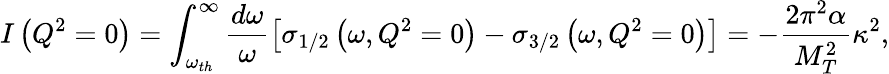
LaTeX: I\left(Q^{2}=0\right)=\int_{\omega_{th}}^{\infty}\frac{d\omega}{\omega}\left[\sigma_{1/2}\left(\omega,Q^{2}=0\right)-\sigma_{3/2}\left(\omega,Q^{2}=0\right)\right]=-\frac{2\pi^{2}\alpha}{M_{T}^{2}}\kappa^{2},